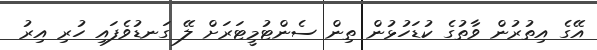
އޭގެ އިތުރުން ވާތުގެ ކުޑަހުޅުން ތިން ސެންޓުމީޓަރަށް ލޭ ގަނޑުވެފައި ހުރި އިރު